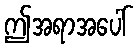
ဤအရာအပေါ်